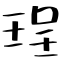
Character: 珵